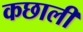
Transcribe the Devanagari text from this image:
कछाली